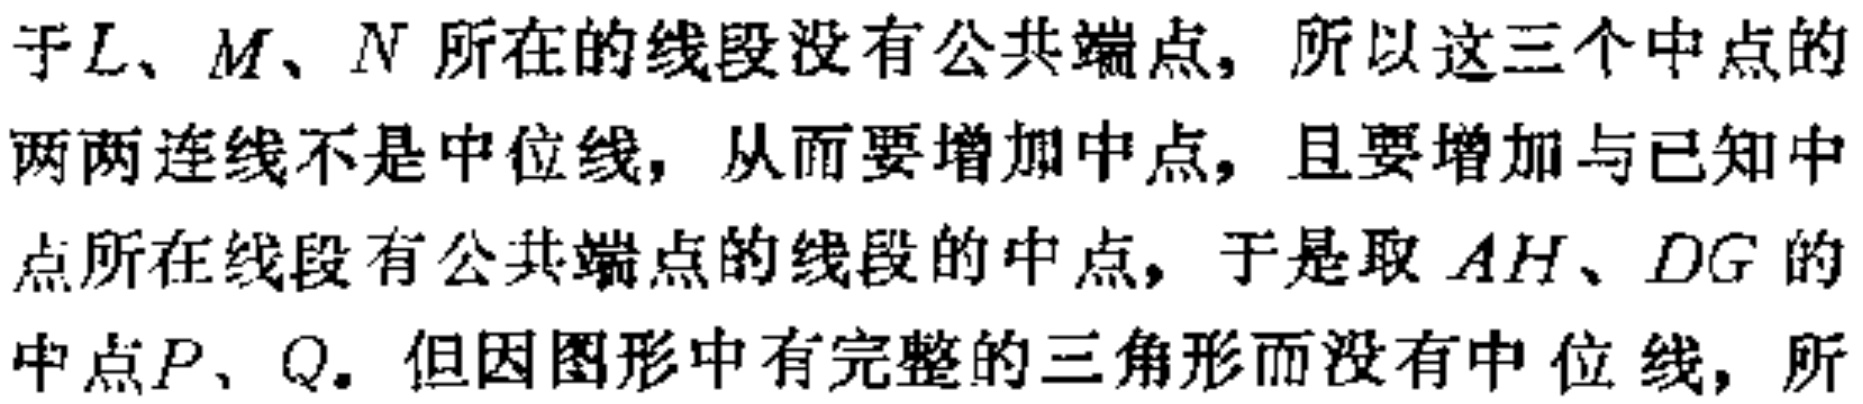
于\(L、M、N\)所在的线段没有公共端点，所以这三个中点的两两连线不是中位线，从而要增加中点，且要增加与已知中点所在线段有公共端点的线段的中点，于是取\(AH、DG\)的中点\(P、Q\)。但因图形中有完整的三角形而没有中位线，所